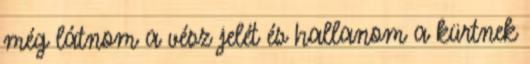
még látnom a vész jelét és hallanom a kürtnek